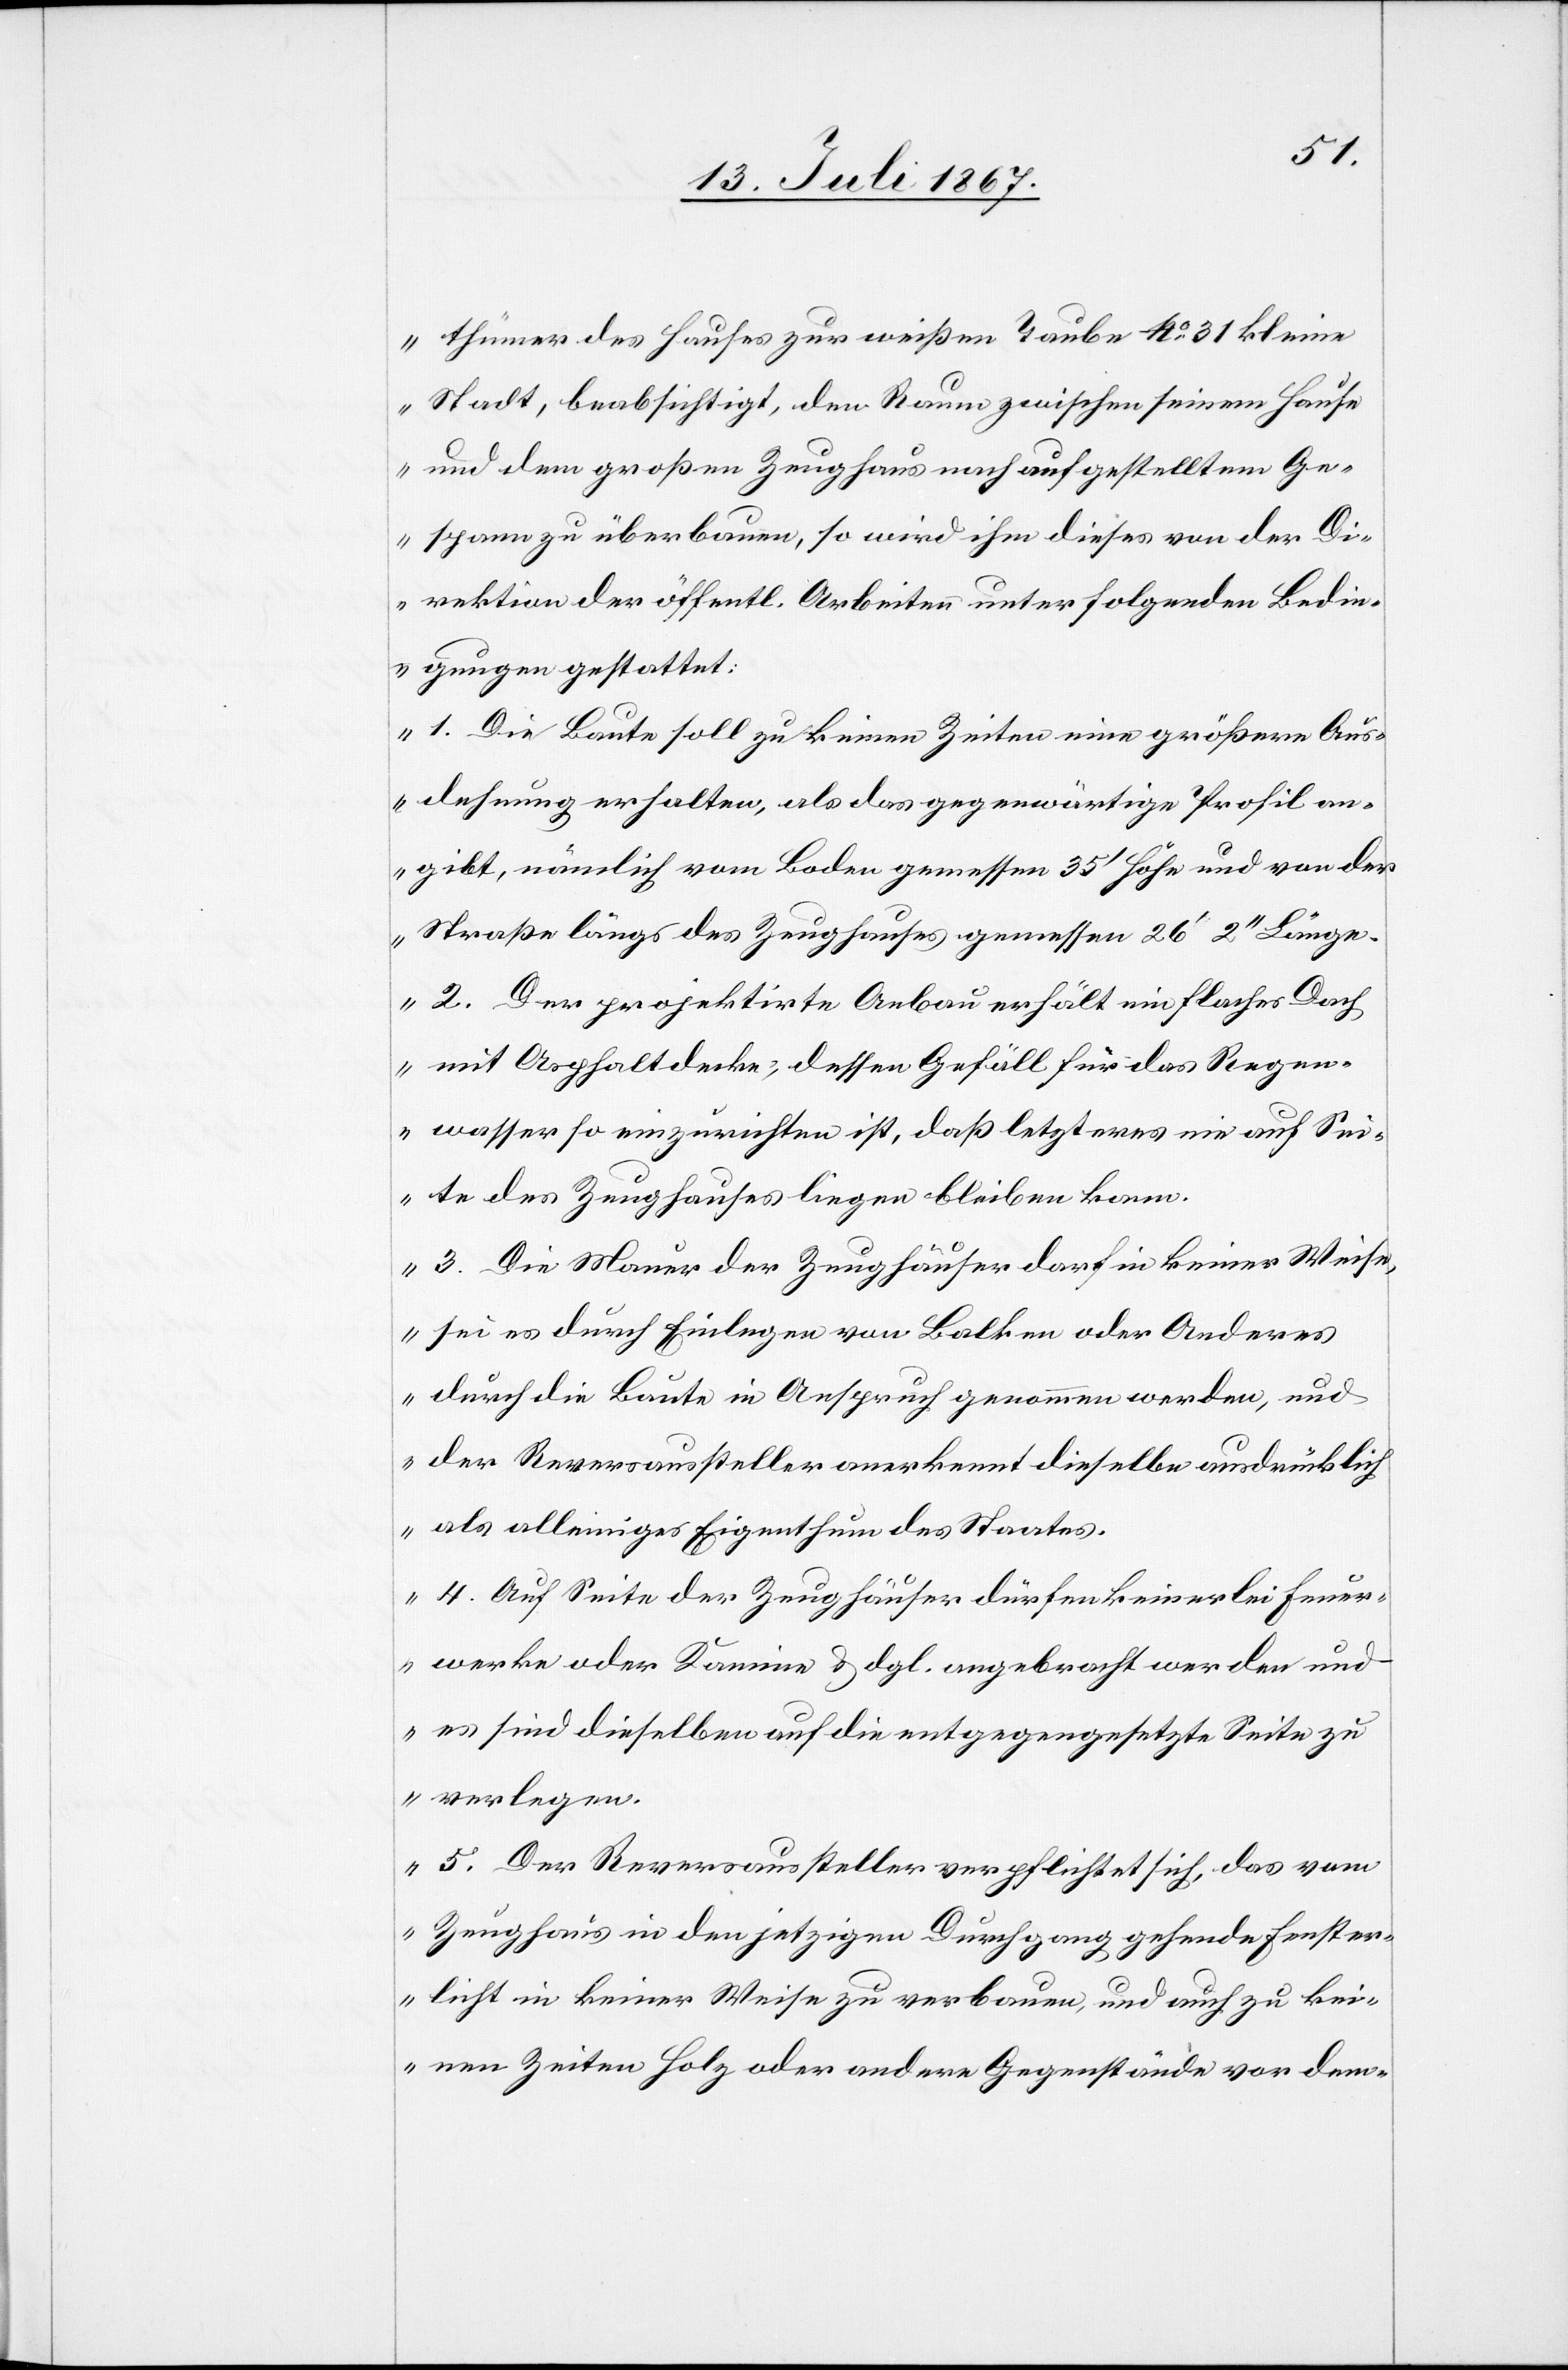
thümer des Hauses zur weißen Taube No. 31 kleine
Stadt, beabsichtigt, den Raum zwischen seinem Hause
und dem großen Zeughaus nach aufgestelltem Ge¬
spann zu überbauen, so wird ihm dieses von der Di¬
rektion der öffentl. Arbeiten unter folgenden Bedin¬
gungen gestattet:
1. Die Baute soll zu keinen Zeiten eine größere Aus¬
dehnung erhalten, als das gegenwärtige Profil an¬
gibt, nämlich vom Boden gemessen 35‘ Höhe und von der
Straße längs des Zeughauses gemessen 26‘ 2‘‘ Länge.
2. Der projektirte Anbau erhält ein flaches Dach
mit Asphaltdecke; dessen Gefäll für das Regen¬
wasser so einzurichten ist, daß letzteres nie auf Sei¬
te des Zeughauses liegen bleiben kann.
3. Die Mauer der Zeughäuser darf in keiner Weise,
sei es durch Einlegen von Balken oder Anderes
durch die Baute in Anspruch genommen werden, und
der Reversaussteller anerkennt dieselbe ausdrücklich
als alleiniges Eigenthum des Staates.
4. Auf Seite der Zeughäuser dürfen keinerlei Feuer¬
werke oder Kamine u. dgl. angebracht werden und
es sind dieselben auf die entgegengesetzte Seite zu
verlegen.
5. Der Reversaussteller verpflichtet sich, das vom
Zeughaus in den jetzigen Durchgang gehende Fenster¬
licht in keiner Weise zu verbauen, und auch zu kei¬
nen Zeiten Holz oder andere Gegenstände vor dem-